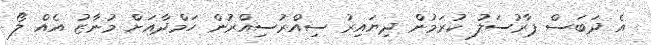
އެ ދަބަސް ޕާރުސަލު ކުރަމުން ދިޔައިރު ސިއްރުސިއްރުން ހަމްދާއަށް މުނާޒު އެއް ލޯ